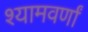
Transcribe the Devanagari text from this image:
श्यामवर्णां